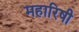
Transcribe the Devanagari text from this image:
महारिषी